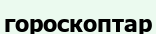
гороскоптар